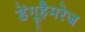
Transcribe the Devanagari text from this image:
डेंगूहैमरेज